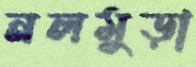
নলমুড়া